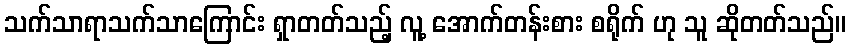
သက်သာရာသက်သာကြောင်း ရှာတတ်သည့် လူ့ အောက်တန်းစား စရိုက် ဟု သူ ဆိုတတ်သည်။